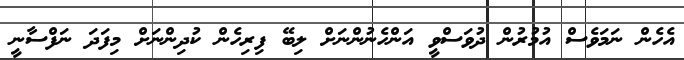
އެހެން ނަމަވެސް އުމުރުން ދުވަސްވީ އަންހެނުންނަށް ލިބޭ ފިރިހެން ކުދިންނަށް މިފަދަ ނަފްސާނީ